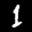
Label: 1